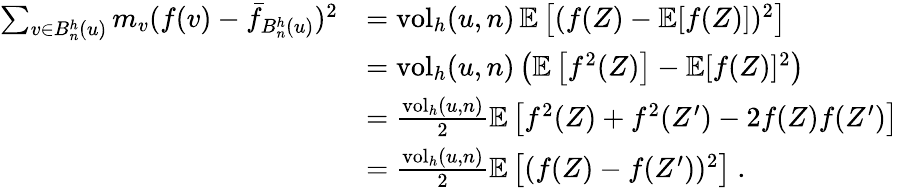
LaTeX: \begin{array}{rl}{\sum_{v\in B_{n}^{h}(u)}m_{v}(f(v)-\bar{f}_{B_{n}^{h}(u)})^{2}}&{=\operatorname{vol}_{h}(u,n)\, \mathbb{E}\left[(f(Z)-\mathbb{E}[f(Z)])^{2}\right]}\\ &{=\operatorname{vol}_{h}(u,n)\left(\mathbb{E}\left[f^{2}(Z)\right]-\mathbb{E}[f(Z)]^{2}\right)}\\ &{=\frac{\operatorname{vol}_{h}(u,n)}{2}\mathbb{E}\left[f^{2}(Z)+f^{2}(Z^{\prime})-2f(Z)f(Z^{\prime})\right]}\\ &{=\frac{\operatorname{vol}_{h}(u,n)}{2}\mathbb{E}\left[(f(Z)-f(Z^{\prime}))^{2}\right]\ .}\end{array}